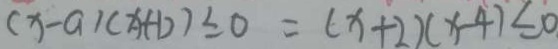
( x - a ) ( x + b ) \leq 0 = ( x + 2 ) ( x - 4 ) \leq 0